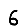
Digit: 6